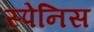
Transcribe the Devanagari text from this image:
स्पेनिस